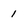
Character: 1